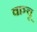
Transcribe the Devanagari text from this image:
वाञ्चू